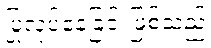
ပြုလုပ်နေခြင်းဖြစ်သည်